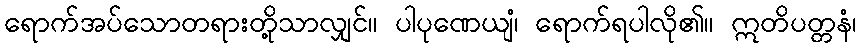
ရောက်အပ်သောတရားတို့သာလျှင်။ ပါပုဏေယျံ၊ ရောက်ရပါလို၏။ ဣတိပတ္တနံ၊